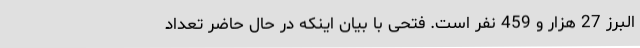
البرز 27 هزار و 459 نفر است. فتحی با بیان اینکه در حال حاضر تعداد